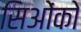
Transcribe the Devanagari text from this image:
सिओंको